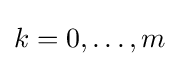
\textstyle k=0,\ldots ,m